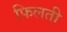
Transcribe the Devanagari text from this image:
फिलती